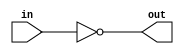
module exp (in, out);
    input in;
    output out;
    assign out = ~in;
endmodule